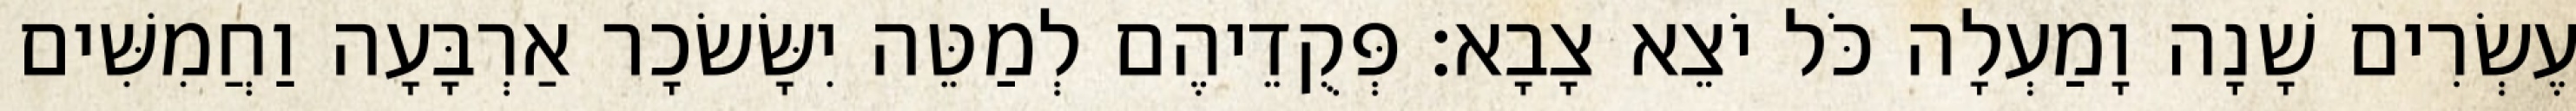
עֶשְׂרִים שָׁנָה וָמַעְלָה כֹּל יֹצֵא צָבָא׃ פְּקֻדֵיהֶם לְמַטֵּה יִשָּׂשׂכָר אַרְבָּעָה וַחֲמִשִּׁים